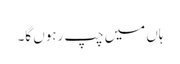
ہاں میں چپ رہوں گا۔